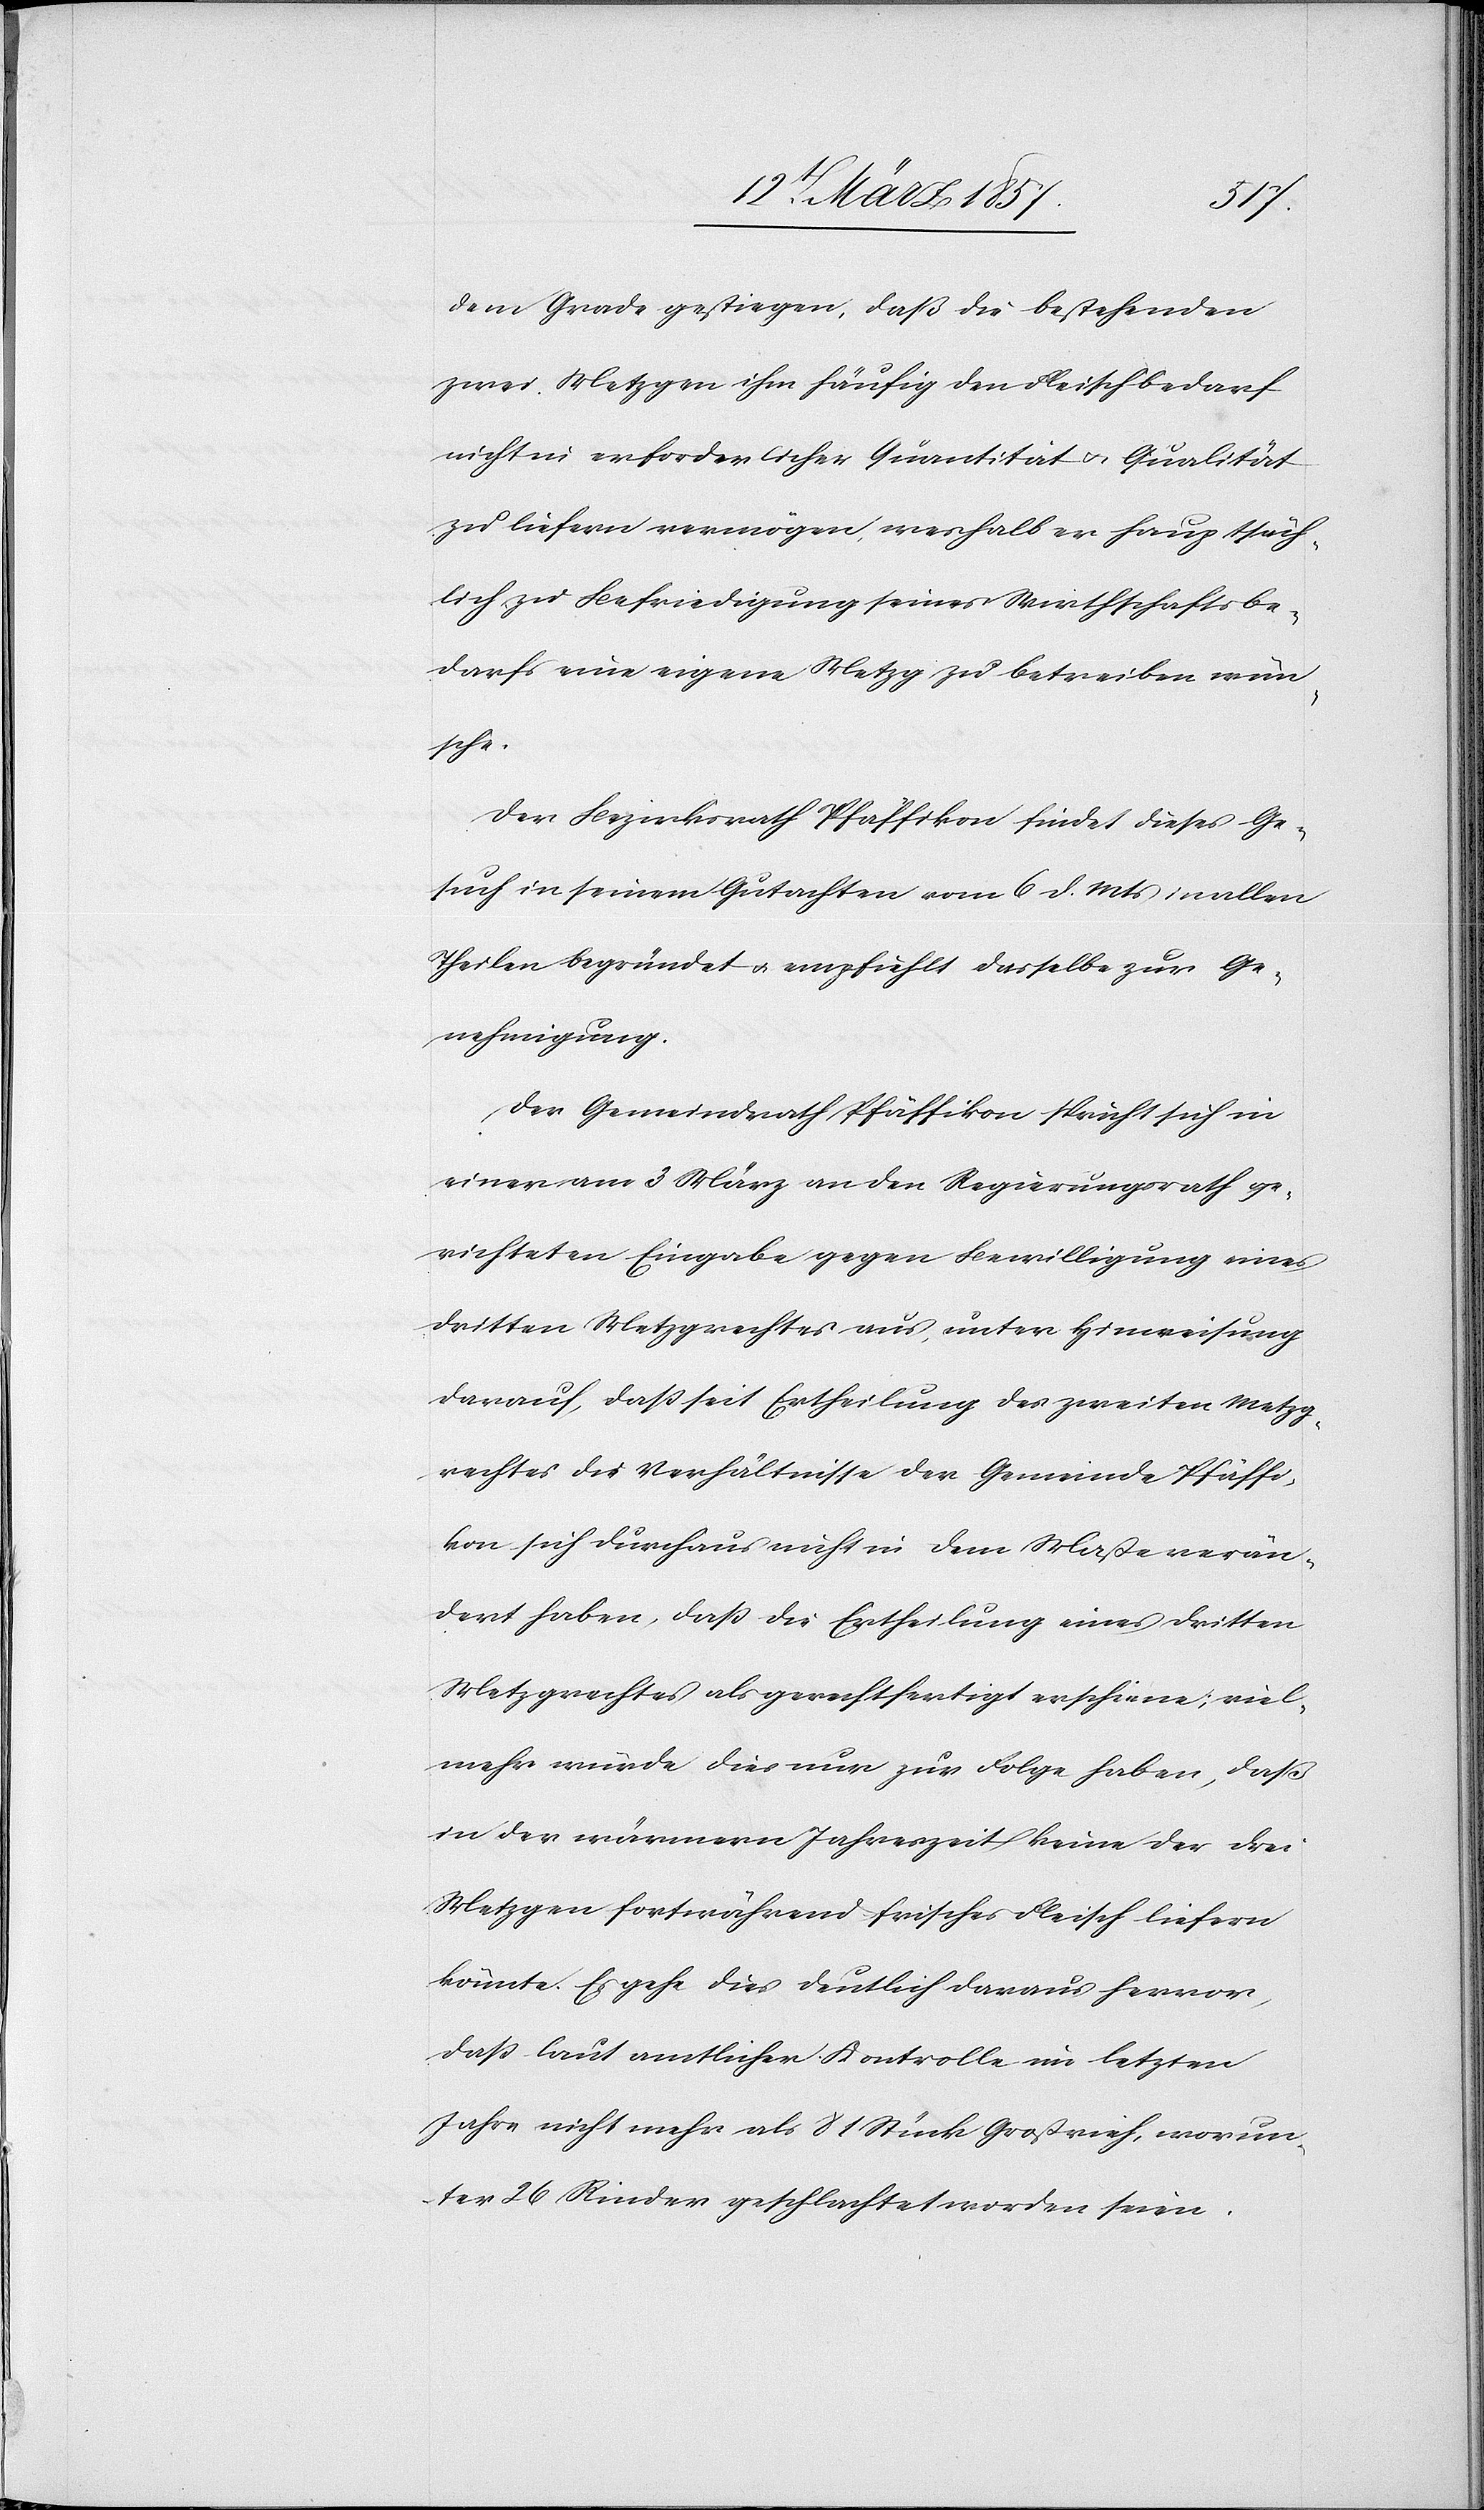
dem Grade gestiegen, daß die bestehenden
zwei Metzgen ihm häufig den Fleischbedarf
nicht in erforderlicher Quantität u. Qualität
zu liefern vermögen, weshalb er hauptsäch¬
lich zu Befriedigung seines Wirthschaftsbe¬
darfs eine eigene Metzg zu betreiben wün¬
sche.
Der Bezirksrath Pfäffikon findet dieses Ge¬
such in seinem Gutachten vom 6 d. Mts in allen
Theilen begründet u. empfiehlt dasselbe zur Ge¬
nehmigung.
Der Gemeindrath Pfäffikon spricht sich in
einer am 3 März an den Regierungsrath ge¬
richteten Eingabe gegen Bewilligung eines
dritten Metzgrechts aus, unter Hinweisung
darauf, daß seit Ertheilung des zweiten Metzg¬
rechtes die Verhältnisse der Gemeinde Pfäffi¬
kon sich durchaus nicht in dem Maße verän¬
dert haben, daß die Ertheilung eines dritten
Metzgrechts als gerechtfertigt erscheine; viel¬
mehr würde dies nur zur Folge haben, daß
in der wärmern Jahreszeit keine der drei
Metzgen fortwährend frisches Fleisch liefern
könnte. Es gehe dies deutlich daraus hervor,
daß laut amtlicher Kontrolle im letzten
Jahre nicht mehr als 81 Stück Großvieh, worun¬
ter 26 Rinder geschlachtet worden seien.